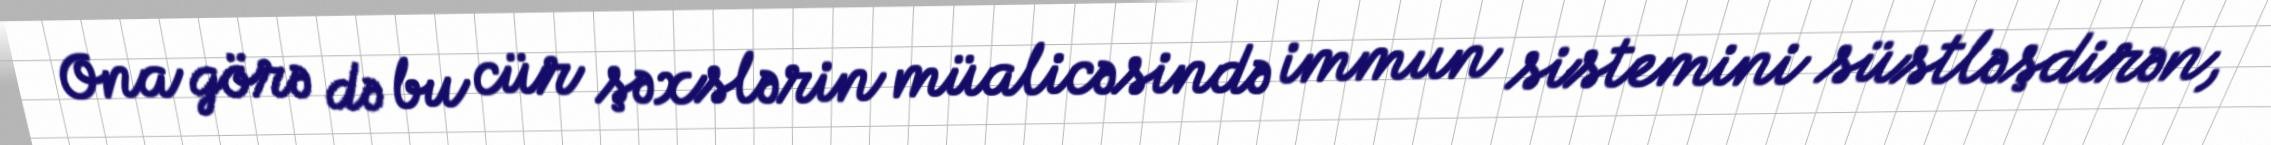
Ona görə də bu cür şəxslərin müalicəsində immun sistemini süstləşdirən,